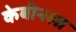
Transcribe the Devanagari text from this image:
केबीनला